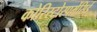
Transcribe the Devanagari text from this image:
कोरिस्टोस्पर्मेसिई